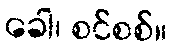
ခေါ၊ စင်စစ်။